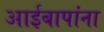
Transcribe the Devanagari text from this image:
आईबापांना